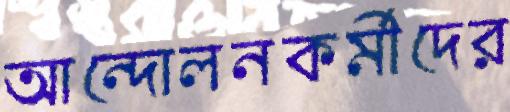
আন্দোলনকর্মীদের